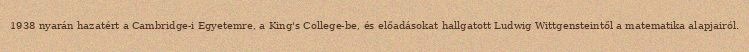
1938 nyarán hazatért a Cambridge-i Egyetemre, a King's College-be, és előadásokat hallgatott Ludwig Wittgensteintől a matematika alapjairól.